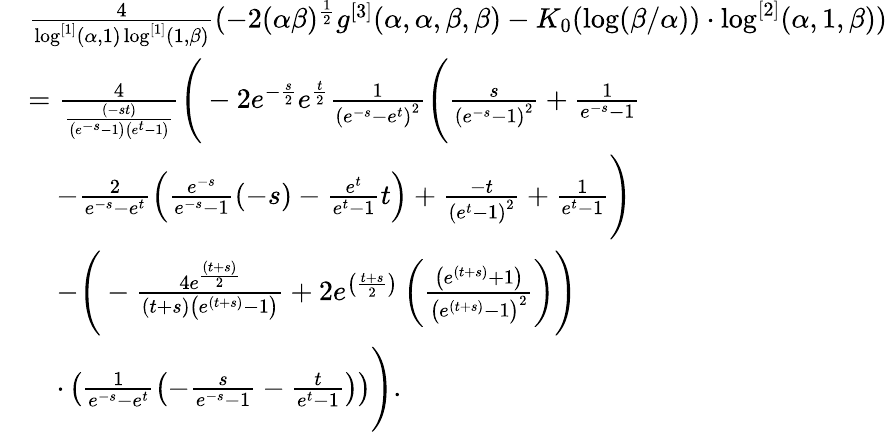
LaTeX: \begin{array}{rl}&{\frac{4}{\log^{[1]}(\alpha,1)\log^{[1]}(1,\beta)}(-2(\alpha\beta)^{\frac 12}g^{[3]}(\alpha,\alpha,\beta,\beta)-K_{0}(\log(\beta/\alpha))\cdot\log^{[2]}(\alpha,1,\beta))}\\ &{=\frac{4}{\frac{\left(-st\right)}{\left(e^{-s}-1\right)\left(e^{t}-1\right)}}\Bigg(-2e^{-\frac{s}{2}}e^{\frac{t}{2}}\frac{1}{\left(e^{-s}-e^{t}\right)^{2}}\Bigg(\frac{s}{\left(e^{-s}-1\right)^{2}}+\frac{1}{e^{-s}-1}}\\ &{\quad-\frac{2}{e^{-s}-e^{t}}\left(\frac{e^{-s}}{e^{-s}-1}\left(-s\right)-\frac{e^{t}}{e^{t}-1}t\right)+\frac{-t}{\left(e^{t}-1\right)^{2}}+\frac{1}{e^{t}-1}\Bigg)}\\ &{\quad-\Bigg(-\frac{4e^{\frac{\left(t+s\right)}{2}}}{\left(t+s\right)\left(e^{\left(t+s\right)}-1\right)}+2e^{\left(\frac{t+s}{2}\right)}\left(\frac{\left(e^{\left(t+s\right)}+1\right)}{\left(e^{\left(t+s\right)}-1\right)^{2}}\right)\Bigg)}\\ &{\quad\cdot\left(\frac{1}{e^{-s}-e^{t}}\left(-\frac{s}{e^{-s}-1}-\frac{t}{e^{t}-1}\right)\right)\Bigg).}\end{array}